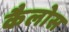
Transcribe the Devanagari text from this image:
कैलोस